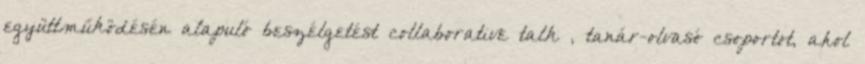
együttműködésén alapuló beszélgetést collaborative talk , tanár-olvasó csoportot, ahol